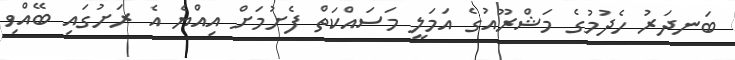
ބަނދަރު ހެދުމުގެ މަޝްރޫއުގެ އަމަލީ މަސައްކަތް ފެށުމަށް އިއްޔެ އެ ރަށުގައި ބޭއްވި